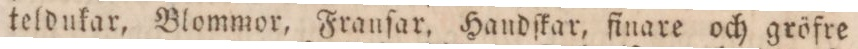
teldukar, Blommor, Franſar, Handſkar, finare och gröfre